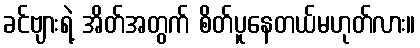
ခင်ဗျားရဲ့ အိတ်အတွက် စိတ်ပူနေတယ်မဟုတ်လား။